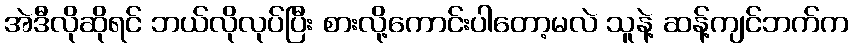
အဲဒီလိုဆိုရင် ဘယ်လိုလုပ်ပြီး စားလို့ကောင်းပါတော့မလဲ သူနဲ့ ဆန့်ကျင်ဘက်က